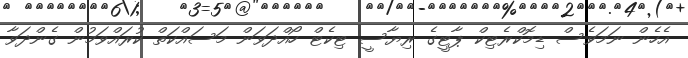
އެހެން ނަމަވެސް ޑިމޮކްރެޓިކް ޕާޓީގެ ރިޔާސީ ޓިކެޓް ހޯއްދަވަން މަސައްކަތް ކުރައްވަމުން ގެންދަވާ